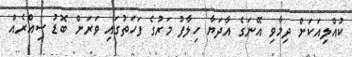
ކުއްލިއަކަށް ދިމާވި އޭނަގެ އާދަޔާ ހިލާފު މަރުގެ ފަހަތުގައި ވަރަށް ބޮޑު ސިއްރެއް